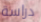
دراسة